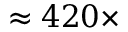
\approx 4 2 0 \times